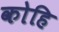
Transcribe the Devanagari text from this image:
कोहि